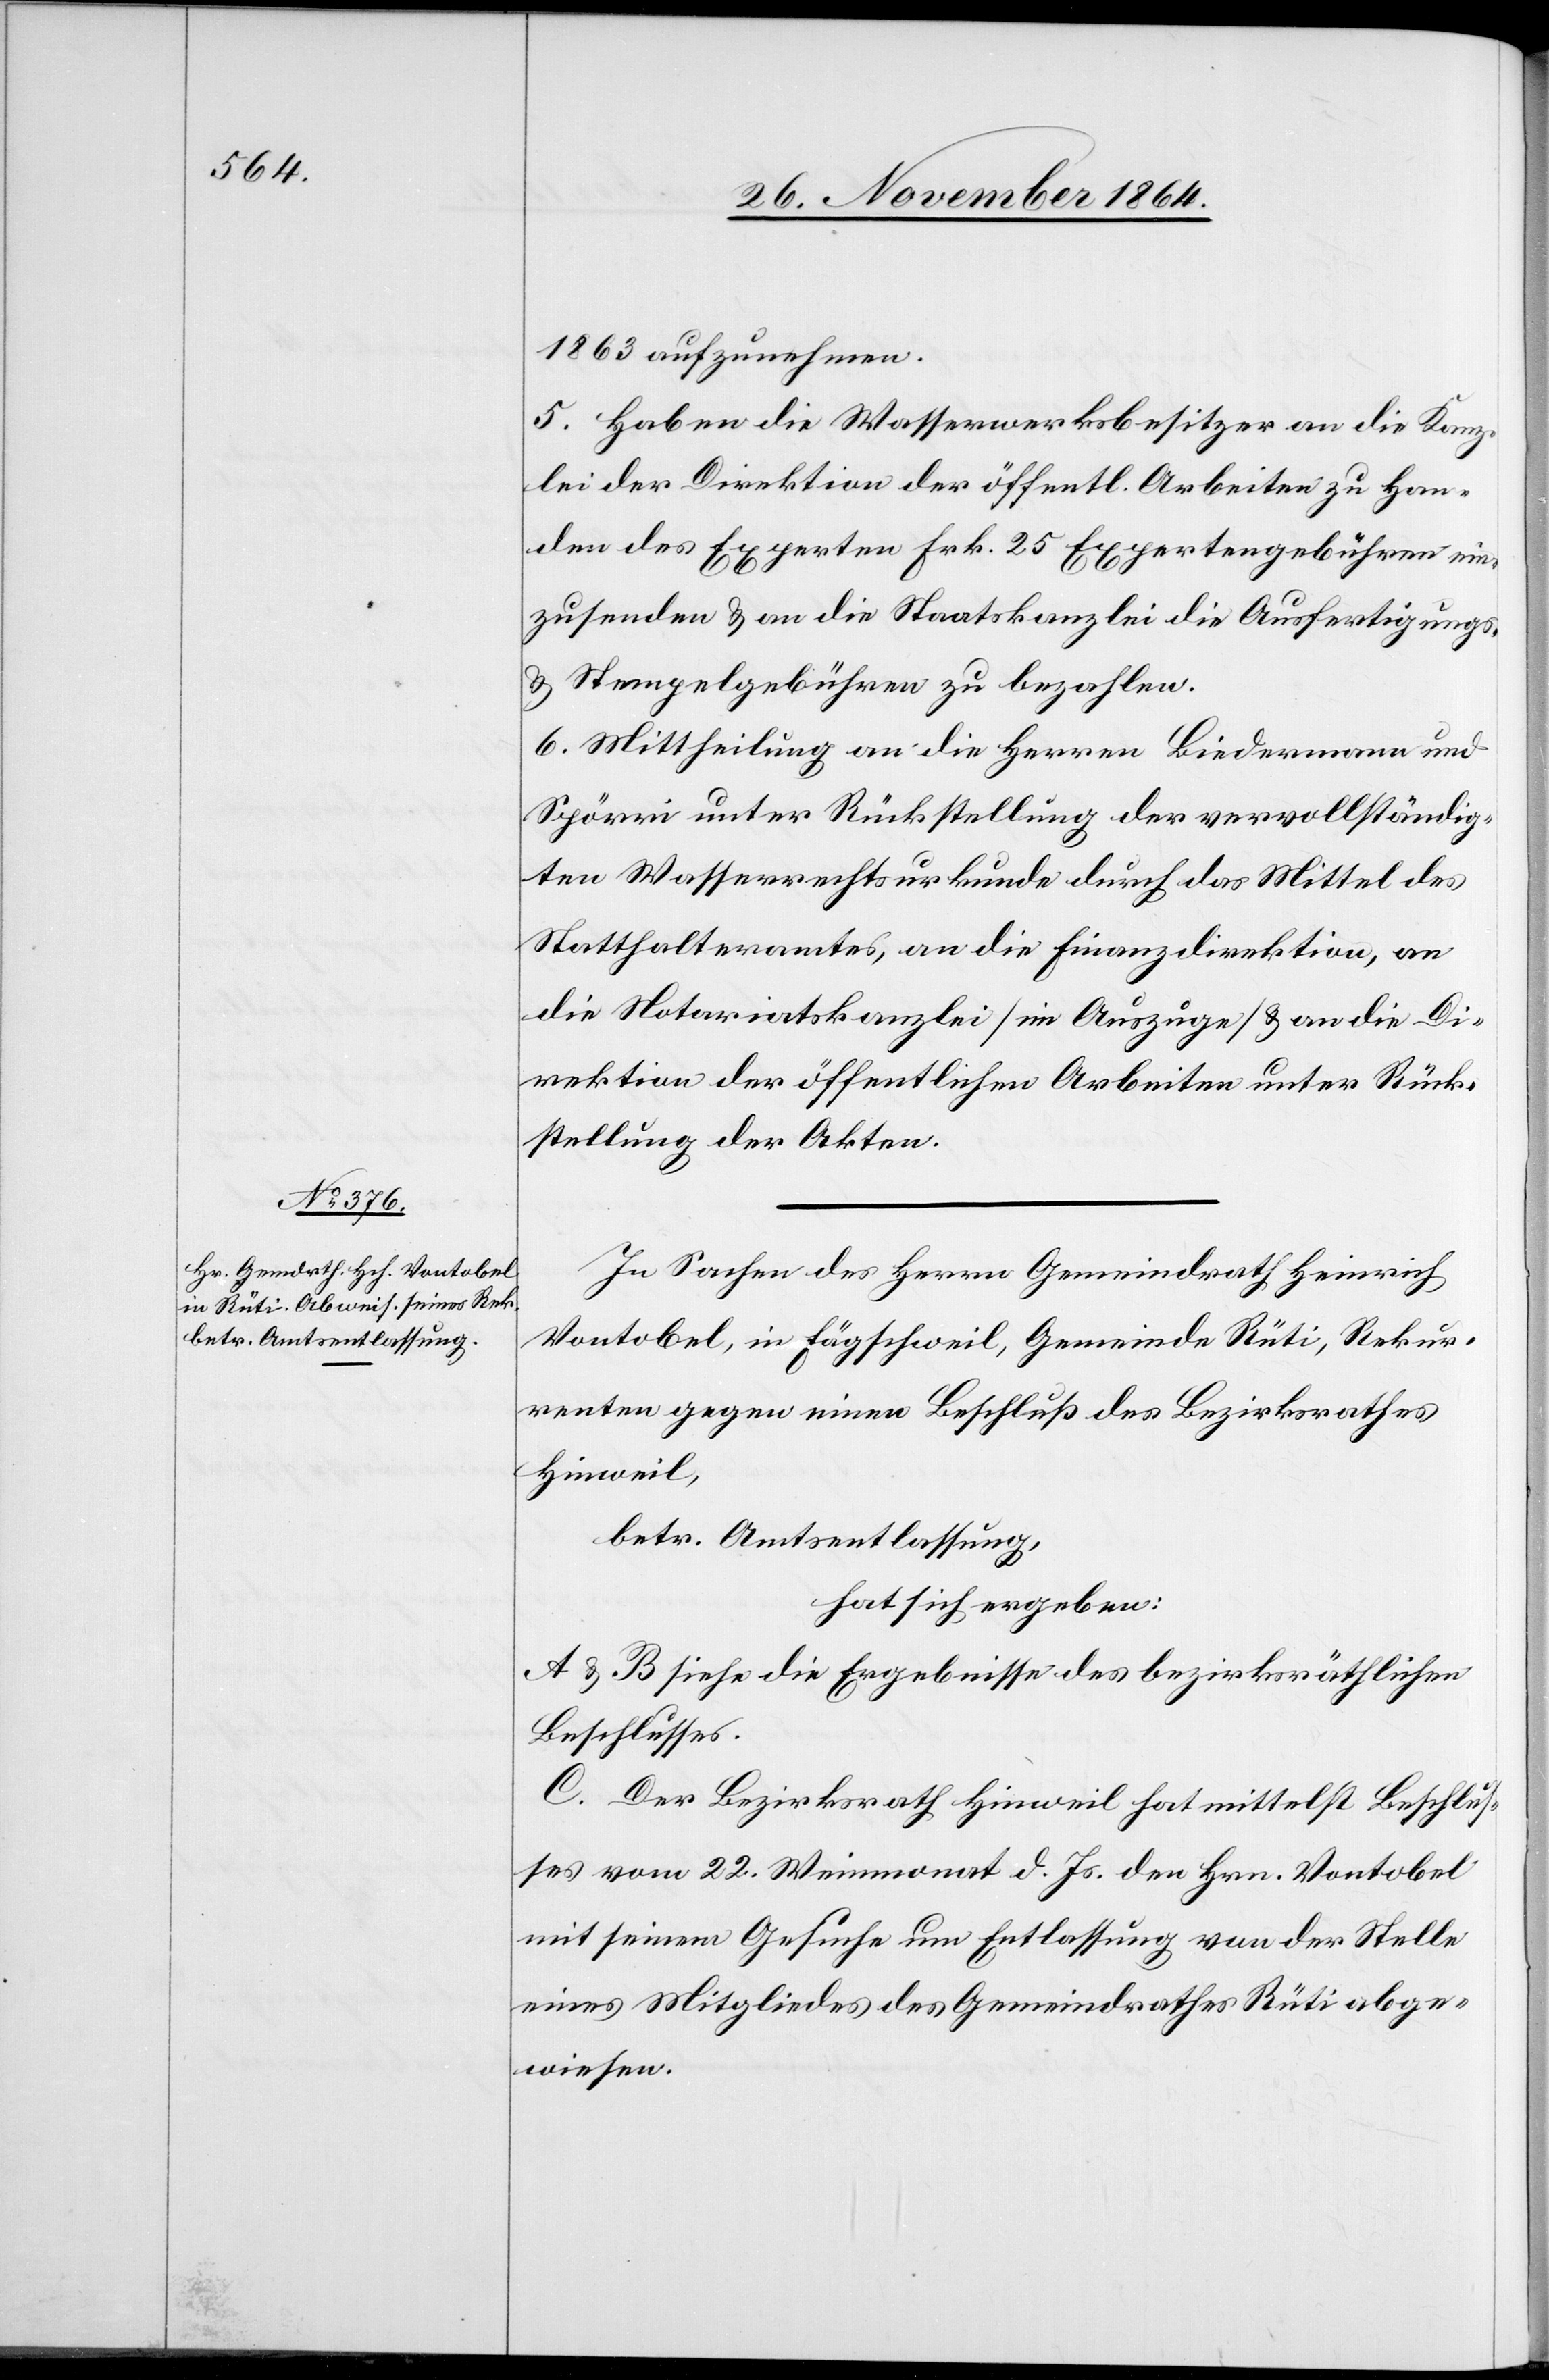
1863 aufzunehmen.
5. Haben die Wasserwerksbesitzer an die Kanz¬
lei der Direktion der öffentl. Arbeiten zu Han¬
den des Experten Frk. 25 Expertengebühren ein¬
zusenden & an die Staatskanzlei die Ausfertigungs-
& Stempelgebühren zu bezahlen.
6. Mittheilung an die Herren Biedermann und
Spörri unter Rückstellung der vervollständig¬
ten Wasserrechtsurkunde durch das Mittel des
Statthalteramtes, an die Finanzdirektion, an
die Notariatskanzlei [im Auszuge] & an die Di¬
rektion der öffentlichen Arbeiten unter Rück¬
stellung der Akten.
In Sachen des Herrn Gemeindrath Heinrich
Vontobel, in Fägschweil, Gemeinde Rüti, Rekur¬
renten gegen einen Beschluß des Bezirksrathes
Hinweil,
betr. Amtsentlassung,
hat sich ergeben:
A. & B. siehe die Ergebnisse des bezirksräthlichen
Beschlusses.
C. Der Bezirksrath Hinweil hat mittelst Beschlus¬
ses vom 22. Wintermonat d. Js. den Hrn. Vontobel
mit seinem Gesuche um Entlassung von der Stelle
eines Mitgliedes des Gemeindrathes Rüti abge¬
wiesen.